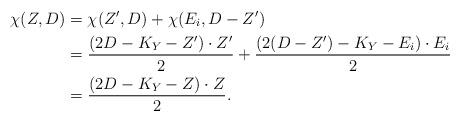
LaTeX: \begin{align*}\chi (Z, D) &= \chi (Z', D)+ \chi (E_i, D-Z')\\&= \frac{(2D-K_Y-Z') \cdot Z'}{2} + \frac{(2(D-Z')-K_Y-E_i) \cdot E_i}{2}\\&=\frac{(2D-K_Y-Z) \cdot Z}{2}.\end{align*}